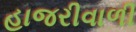
હાજરીવાળી